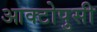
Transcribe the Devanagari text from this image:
आक्टोपुसी